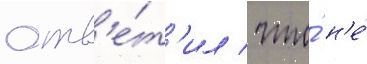
отв'е́т'ил / что́ н'е́